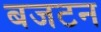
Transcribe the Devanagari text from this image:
बजटन